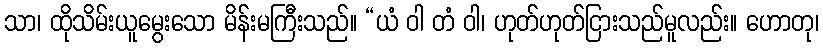
သာ၊ ထိုသိမ်းယူမွေးသော မိန်းမကြီးသည်။ “ယံ ဝါ တံ ဝါ၊ ဟုတ်ဟုတ်ငြားသည်မူလည်း။ ဟောတု၊